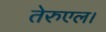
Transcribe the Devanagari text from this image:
तेरुएल।